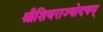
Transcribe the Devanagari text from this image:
श्रीशिवराज्योदयम्